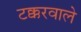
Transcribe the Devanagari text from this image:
टक्करवाले